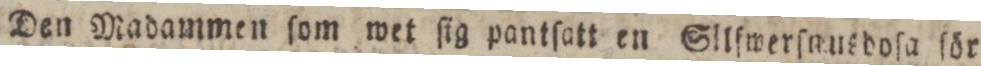
Den Madammen ſom wet ſig pantſatt en Sillfwerſnusdoſa för